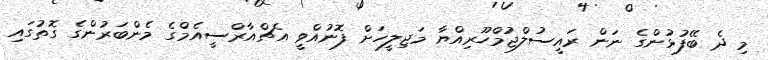
މި ދެ ބޭފުޅުންގެ ނަން ރައީސުލްޖުމްހޫރިއްޔާ މަޖިލީހަށް ފޮނުއްވީ އެޗްއާރްސީއެމްގެ މެންބަރުންގެ ގޮތުގައި